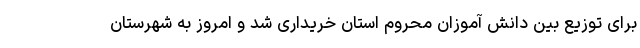
برای توزیع بین دانش آموزان محروم استان خریداری شد و امروز به شهرستان